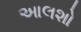
આલશો